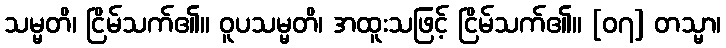
သမ္မတိ၊ ငြိမ်သက်၏။ ဝူပသမ္မတိ၊ အထူးသဖြင့် ငြိမ်သက်၏။ [၀၇] တသ္မာ၊